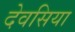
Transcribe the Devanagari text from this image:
देवसिया